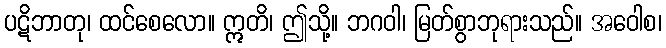
ပဋိဘာတု၊ ထင်စေလော။ ဣတိ၊ ဤသို့။ ဘဂဝါ၊ မြတ်စွာဘုရားသည်။ အဝေါစ၊